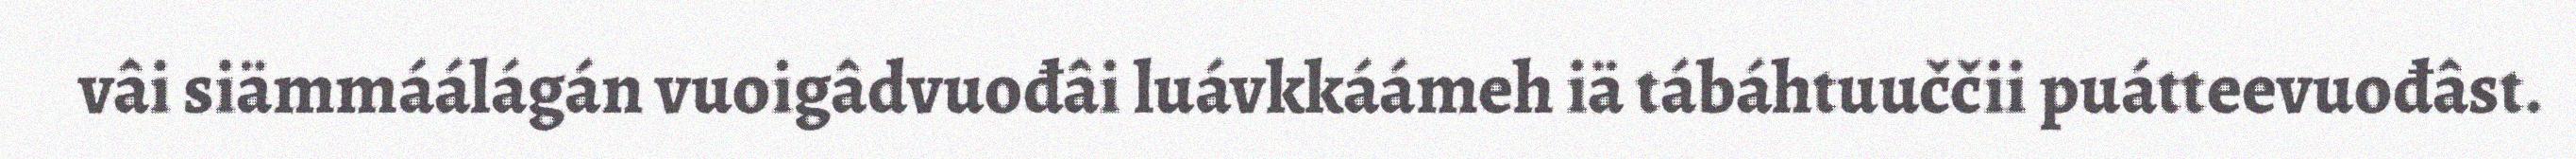
vâi siämmáálágán vuoigâdvuođâi luávkkáámeh iä tábáhtuuččii puátteevuođâst.